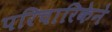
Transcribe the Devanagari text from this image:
परिचारिकेने